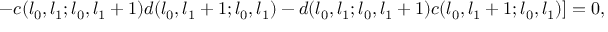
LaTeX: - c ( l _ { 0 } , l _ { 1 } ; l _ { 0 } , l _ { 1 } + 1 ) d ( l _ { 0 } , l _ { 1 } + 1 ; l _ { 0 } , l _ { 1 } ) - d ( l _ { 0 } , l _ { 1 } ; l _ { 0 } , l _ { 1 } + 1 ) c ( l _ { 0 } , l _ { 1 } + 1 ; l _ { 0 } , l _ { 1 } ) ] = 0 ,